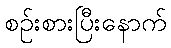
စဉ်းစားပြီးနောက်